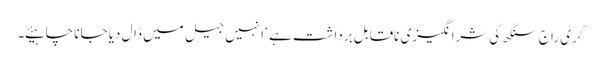
گری راج سنگھ کی شرانگیزی ناقابل برداشت ہے ‘ انہیں جیل میں ڈال دیا جانا چاہیئے ۔